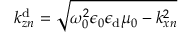
k _ { z n } ^ { \mathrm { d } } = \sqrt { \omega _ { 0 } ^ { 2 } \epsilon _ { 0 } \epsilon _ { \mathrm { d } } \mu _ { 0 } - k _ { x n } ^ { 2 } }